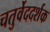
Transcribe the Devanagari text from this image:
चतुर्वेददर्शक